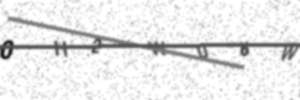
Text: 0H2WU6W